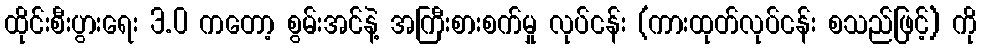
ထိုင်းစီးပွားရေး 3.0 ကတော့ စွမ်းအင်နဲ့ အကြီးစားစက်မှု လုပ်ငန်း (ကားထုတ်လုပ်ငန်း စသည်ဖြင့်) ကို